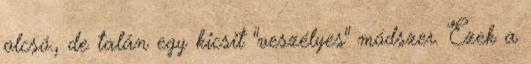
olcsó., de talán egy kicsit "veszélyes" módszer. Ezek a